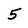
Character: 5